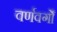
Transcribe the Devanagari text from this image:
वर्णवर्गों